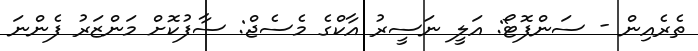
ތެރެއިން - ސަންފޮޓޯ: އަލީ ނަސީރު އާކްގެ މެސެޖް: ސާފުކޮށް މަންޒަރު ފެންނަ